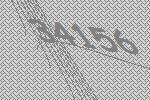
34156